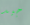
جيد